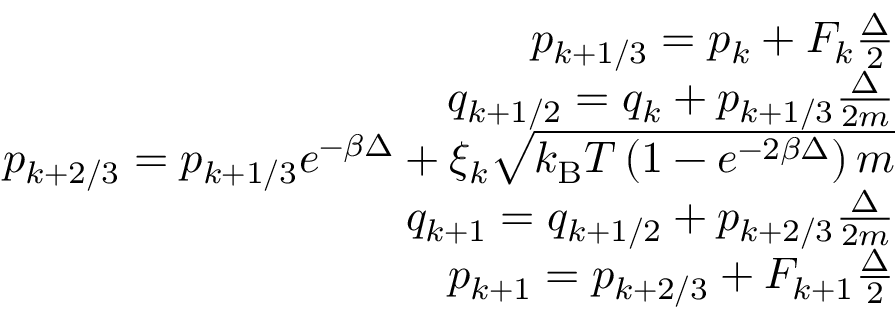
\begin{array} { r } { p _ { k + 1 / 3 } = p _ { k } + F _ { k } \frac { \Delta } { 2 } } \\ { q _ { k + 1 / 2 } = q _ { k } + p _ { k + 1 / 3 } \frac { \Delta } { 2 m } } \\ { p _ { k + 2 / 3 } = p _ { k + 1 / 3 } e ^ { - \beta \Delta } + \xi _ { k } \sqrt { k _ { \mathrm { B } } T \left( 1 - e ^ { - 2 \beta \Delta } \right) m } } \\ { q _ { k + 1 } = q _ { k + 1 / 2 } + p _ { k + 2 / 3 } \frac { \Delta } { 2 m } } \\ { p _ { k + 1 } = p _ { k + 2 / 3 } + F _ { k + 1 } \frac { \Delta } { 2 } } \end{array}